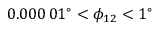
0 . 0 0 0 \, 0 1 ^ { \circ } < \phi _ { 1 2 } < 1 ^ { \circ }